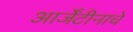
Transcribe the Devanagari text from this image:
आर्जेंटीनाचे